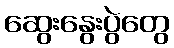
ဆွေးနွေးပွဲတွေ